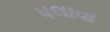
પલાવા